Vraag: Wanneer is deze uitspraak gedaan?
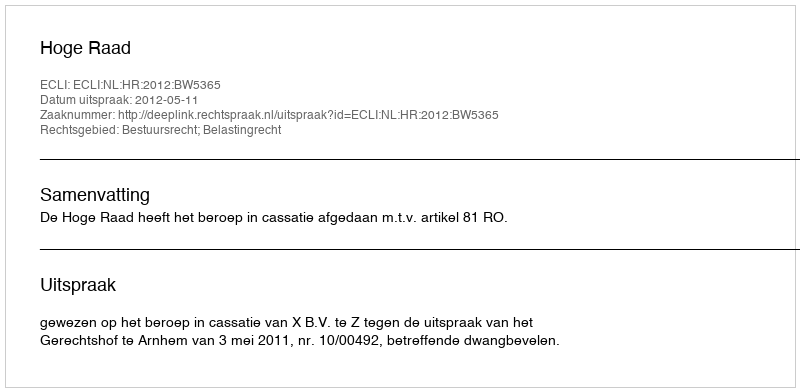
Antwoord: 2012-05-11